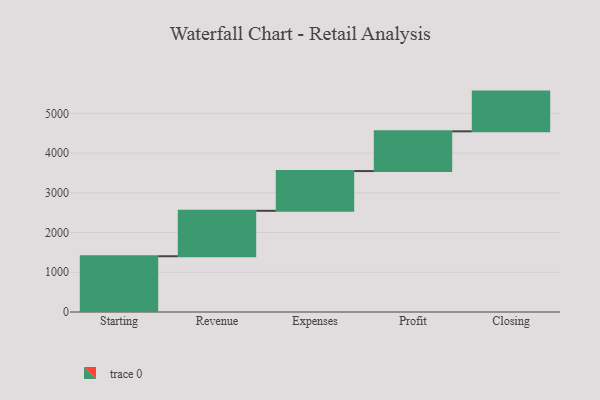
{"axis": {"x": "Step", "y": "Value"}, "legend": [""], "data": [{"x": "Starting", "y": 1403.0, "type": ""}, {"x": "Revenue", "y": 1144.0, "type": ""}, {"x": "Expenses", "y": 1000, "type": ""}, {"x": "Profit", "y": 1000, "type": ""}, {"x": "Closing", "y": 1000, "type": ""}]}